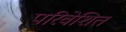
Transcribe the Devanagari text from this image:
परिवेशित